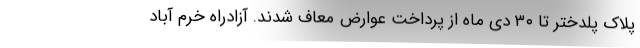
پلاک پلدختر تا ۳۰ دی ماه از پرداخت عوارض معاف شدند. آزادراه خرم آباد